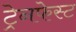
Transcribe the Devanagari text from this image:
ट्रेनफेस्ट